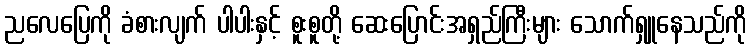
ညလေပြေကို ခံစားလျက် ပါပါးနှင့် စူးစူတို့ ဆေးပြောင်းအရှည်ကြီးများ သောက်ရှူနေသည်ကို